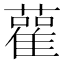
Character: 雚